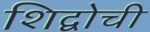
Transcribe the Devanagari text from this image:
शिद्वोची